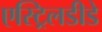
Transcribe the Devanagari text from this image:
एस्ट्रिलडीडे